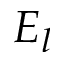
E _ { l }